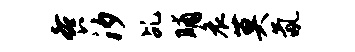
餐汐乩晡哀莫氤